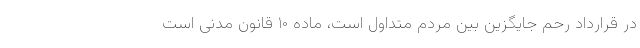
در قرارداد رحم جایگزین بین مردم متداول است، ماده ۱۰ قانون مدنی است